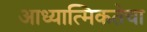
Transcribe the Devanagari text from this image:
आध्यात्मिकतेचा